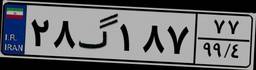
۲۸گ۱۸۷۷۷